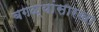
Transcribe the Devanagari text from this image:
बगळ्यांसारखा